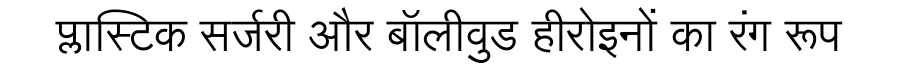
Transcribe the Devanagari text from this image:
प्लास्टिक सर्जरी और बॉलीवुड हीरोइनों का रंग रूप